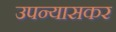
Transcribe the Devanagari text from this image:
उपन्यासकर